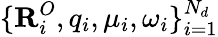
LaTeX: \{ \textbf{R}_{i}^{O},q_{i},\mu_{i},\omega_{i}\} _{i=1}^{N_{d}}